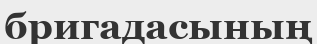
бригадасының